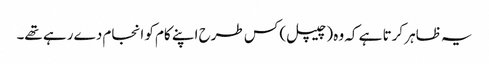
یہ ظاہر کرتا ہے کہ وہ (چیپل) کس طرح اپنے کام کو انجام دے رہے تھے۔